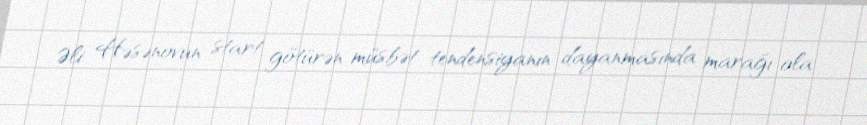
Əli Həsənovun start götürən müsbət tendensiyanın dayanmasında marağı ola